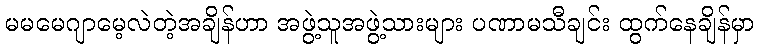
မမမေဂျာမေ့လဲတဲ့အချိန်ဟာ အဖွဲ့သူအဖွဲ့သားများ ပဏာမသီချင်း ထွက်နေချိန်မှာ